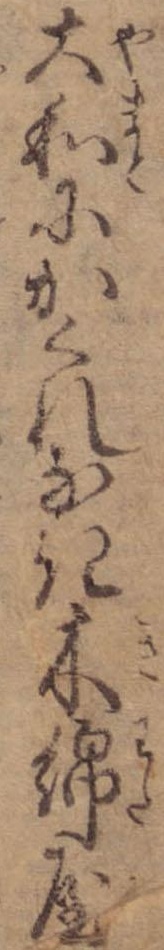
大和にかくれなき木綿屋